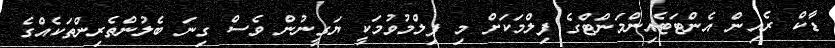
ޑާކް ރެއިން އެންޓަޓެއިންމަންޓްގެ ފިލްމަކަށް މި ފިލްމުވުމަކީ ޔަގީނުން ވެސް ގިނަ ބެލުންތެރިންތަކެއްގެ